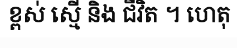
ខ្ពស់ ស្មើ និង ជីវិត ។ ហេតុ